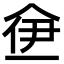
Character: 鿗